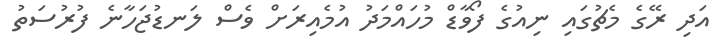
އަދި ރޭގެ މެޗުގައި ނިއުގެ ފޯވާޑް މުހައްމަދު އުމެއިރަށް ވެސް ލަނޑުޖަހާނެ ފުރުސަތު